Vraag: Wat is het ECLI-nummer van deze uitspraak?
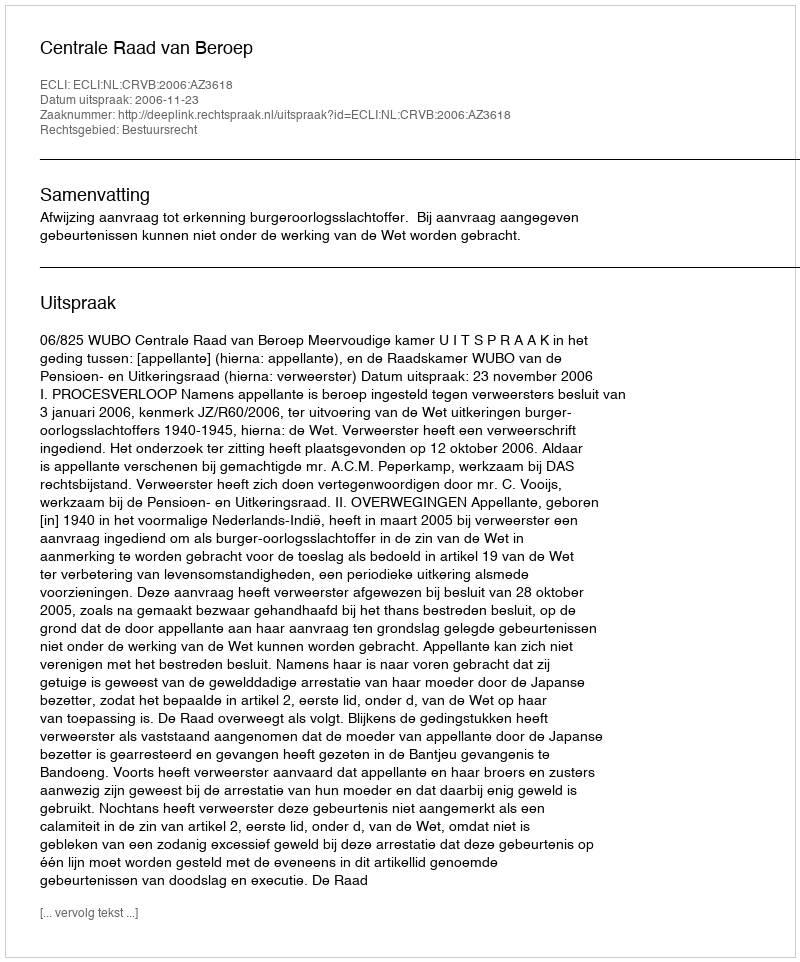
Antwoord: ECLI:NL:CRVB:2006:AZ3618